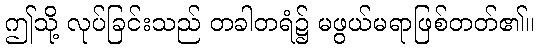
ဤသို့ လုပ်ခြင်းသည် တခါတရံ၌ မဖွယ်မရာဖြစ်တတ်၏။